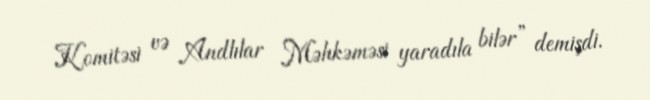
Komitəsi və Andlılar Məhkəməsi yaradıla bilər” demişdi.